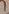
Text: 1